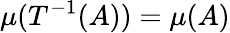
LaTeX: \mu(T^{-1}(A))=\mu(A)